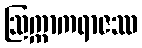
ဩက္ကာကရာဇဿ